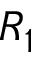
R _ { 1 }